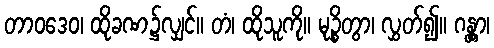
တာဝဒေဝ၊ ထိုခဏ၌လျှင်။ တံ၊ ထိုသူကို။ မုဉ္စိတွာ၊ လွှတ်၍။ ဂန္တွာ၊